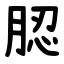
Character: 䏰